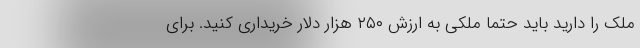
ملک را دارید باید حتما ملکی به ارزش ۲۵۰ هزار دلار خریداری کنید. برای